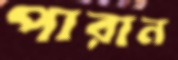
পারান